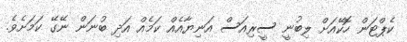
ކެޕްޓަން ހޮކޭއަށް ލިބުނީ ސީރިއަސް އަނިޔާއެއް ކަމެއް އަދި ބުނަން ނޭގޭ ކަމަށެވެ.